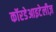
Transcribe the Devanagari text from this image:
कॉरडेआइटेलीज़